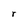
Character: I